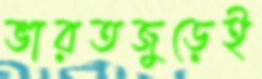
ভারতজুড়েই